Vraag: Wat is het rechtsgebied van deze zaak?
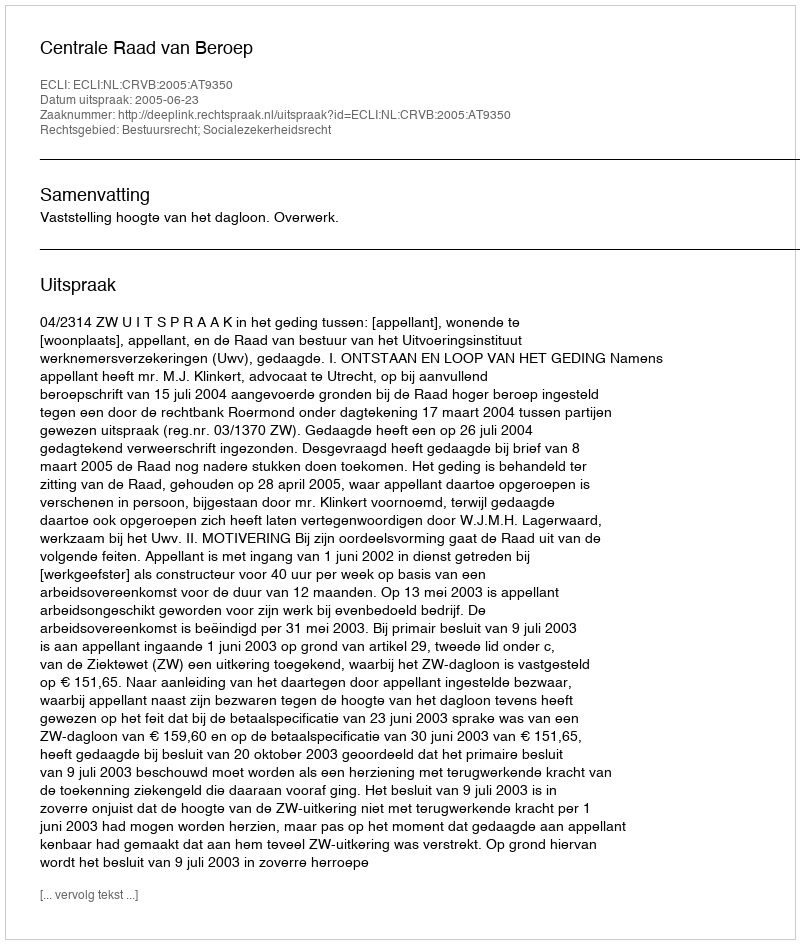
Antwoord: Bestuursrecht; Socialezekerheidsrecht